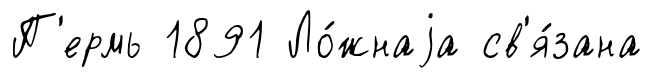
П'ермь 1891 Ло́жнаjа св'я́зана